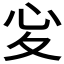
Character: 𢖻